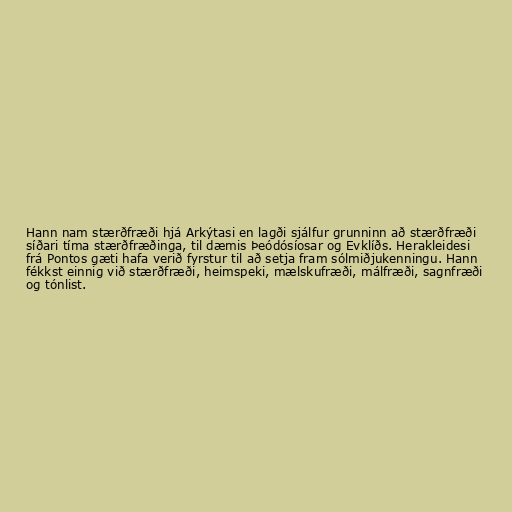
Hann nam stærðfræði hjá Arkýtasi en lagði sjálfur grunninn að stærðfræði
síðari tíma stærðfræðinga, til dæmis Þeódósíosar og Evklíðs. Herakleidesi
frá Pontos gæti hafa verið fyrstur til að setja fram sólmiðjukenningu. Hann
fékkst einnig við stærðfræði, heimspeki, mælskufræði, málfræði, sagnfræði
og tónlist.